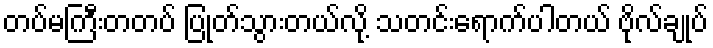
တပ်မကြီးတတပ် ပြုတ်သွားတယ်လို့ သတင်းရောက်ပါတယ် ဗိုလ်ချုပ်